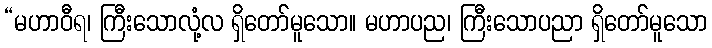
“မဟာဝီရ၊ ကြီးသောလုံ့လ ရှိတော်မူသော။ မဟာပည၊ ကြီးသောပညာ ရှိတော်မူသော